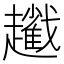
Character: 𧾢